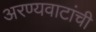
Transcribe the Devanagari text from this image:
अरण्यवाटांची